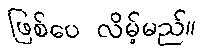
ဖြစ်ပေ လိမ့်မည်။